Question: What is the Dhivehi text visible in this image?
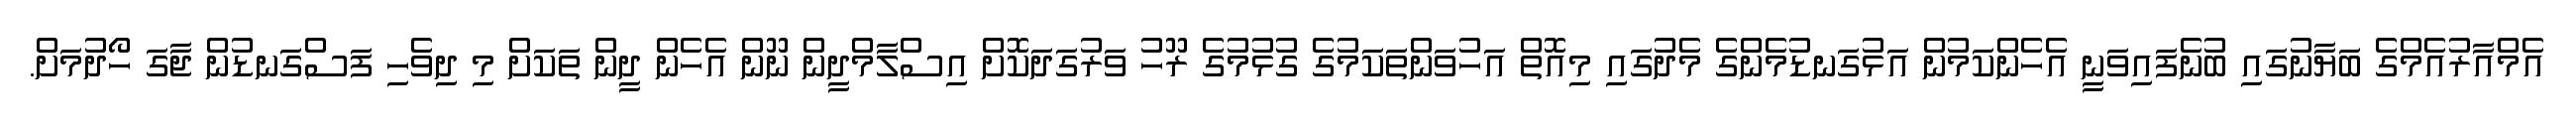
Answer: އެމްއާރުއެމްގެ ބަޔާނުގައި ބުނެފައިވަނީ އެހެންކަމުން އަޅުގަނޑުމެންގެ މެދުގައި މިއޮތް އަހުވަންތަކަމުގެ ގުޅުމުގެ ރޫހު ވަރުގަދަކޮށް އިސްލާމްދީން ނޫން އެހެން ދީން ތަކަށް މި ދިވެހި ފަސްގަނޑުން ޖާގަ ހޯދުމަށް.